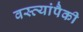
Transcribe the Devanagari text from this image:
वस्त्यांपैकी